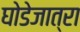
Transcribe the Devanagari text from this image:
घोडेजात्रा